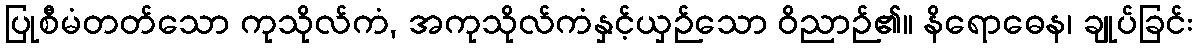
ပြုစီမံတတ်သော ကုသိုလ်ကံ, အကုသိုလ်ကံနှင့်ယှဉ်သော ဝိညာဉ်၏။ နိရောဓေန၊ ချုပ်ခြင်း